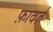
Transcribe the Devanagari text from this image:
फ़ादर्ज़